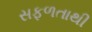
સફળતાથી